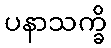
ပနာသက္ခိ